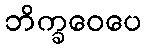
ဘိက္ခဝေပေ